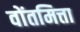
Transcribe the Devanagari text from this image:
वोंतमित्ता